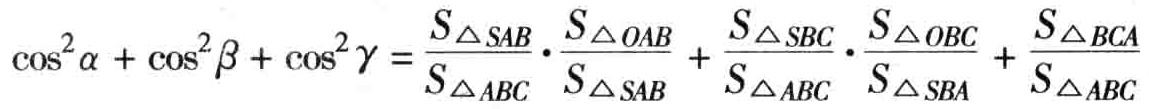
\(\cos^{2}\alpha + \cos^{2}\beta + \cos^{2}\gamma = \frac{S_{\triangle SAB}}{S_{\triangle ABC}}\cdot\frac{S_{\triangle OAB}}{S_{\triangle SAB}} + \frac{S_{\triangle SBC}}{S_{\triangle ABC}}\cdot\frac{S_{\triangle OBC}}{S_{\triangle SBA}} + \frac{S_{\triangle BCA}}{S_{\triangle ABC}}\)